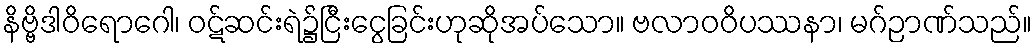
နိဗ္ဗိဒါဝိရောဂေါ၊ ဝဋ်ဆင်းရဲ၌ငြီးငွေခြင်းဟုဆိုအပ်သော။ ဗလာဝဝိပဿနာ၊ မဂ်ဉာဏ်သည်။